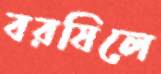
বরষিলে